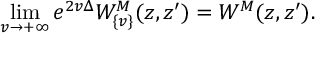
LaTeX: \operatorname * { l i m } _ { v \to { + \infty } } e ^ { 2 v \Delta } { W } _ { \{ v \} } ^ { M } ( z , z ^ { \prime } ) = { W } ^ { M } ( z , z ^ { \prime } ) .